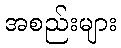
အစည်းများ